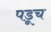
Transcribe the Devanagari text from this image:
पडूच